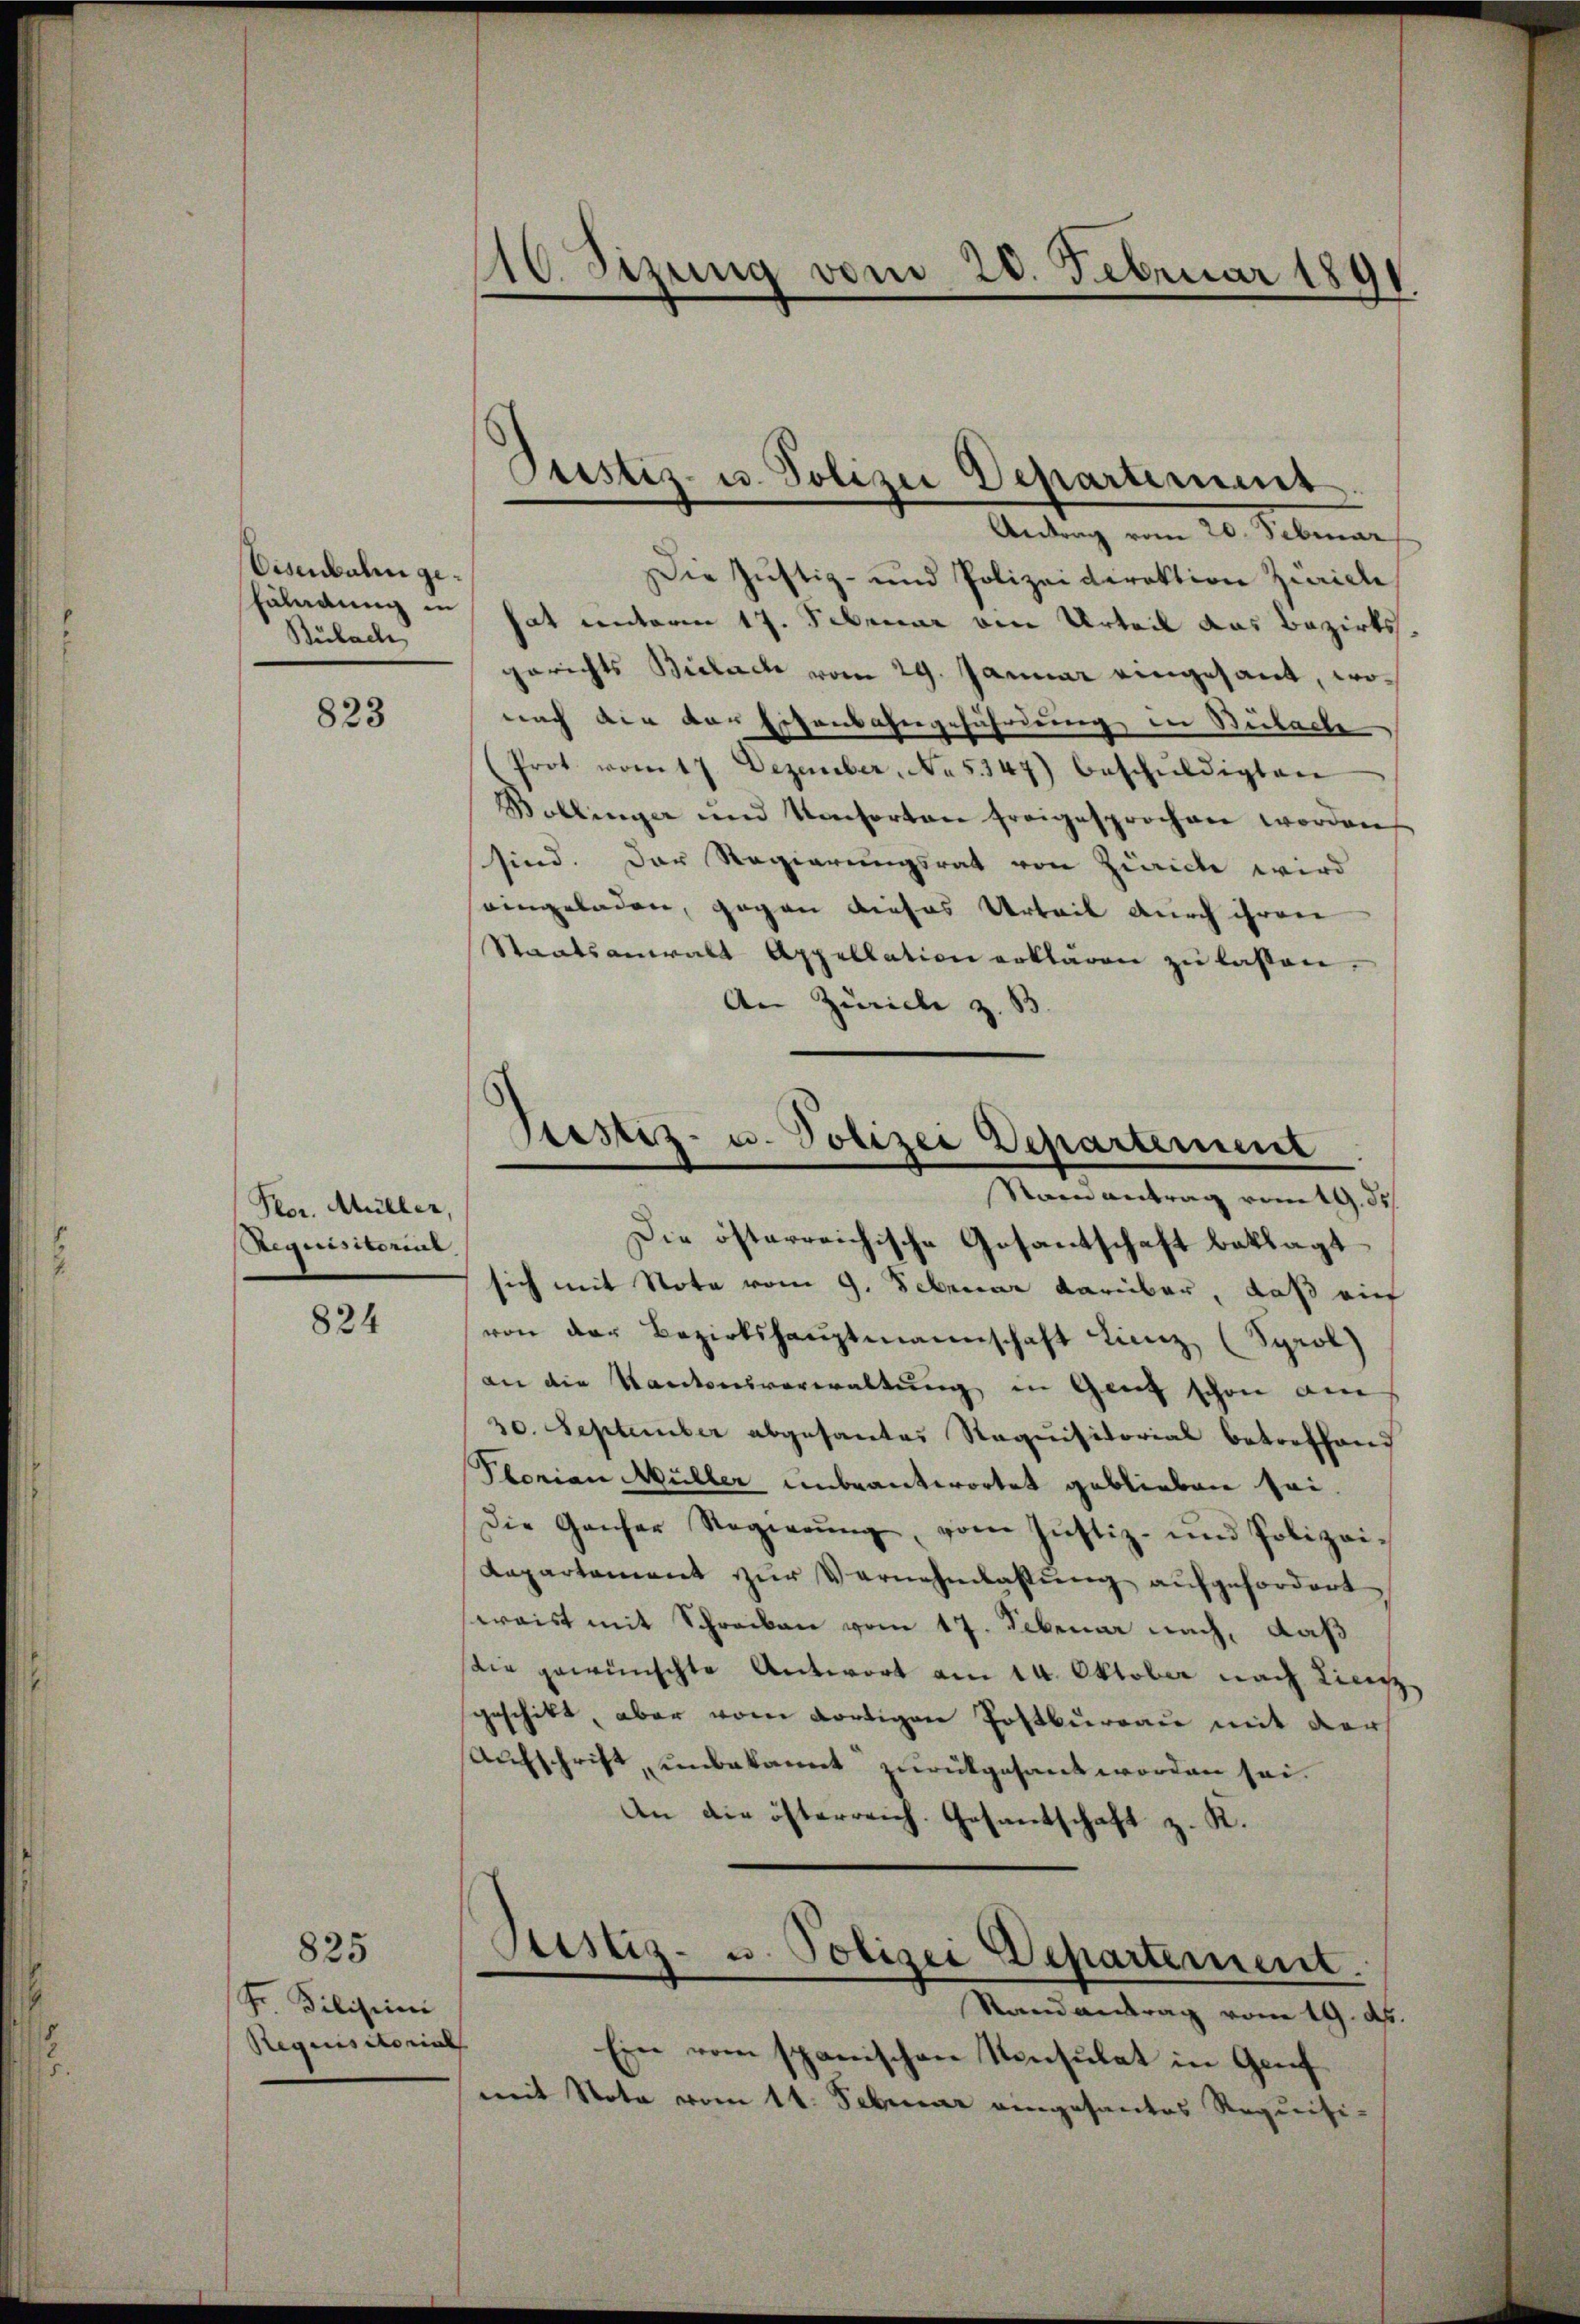
Eisenbahn gefändung in
Bülach

823

Ptor. Müller,
Requisitorial

824

825
Sr. Dilistini
Requisitoriat

110. Sizung vom 20. Februar 1891

Die Justiz- und Polizeidirektion Zürich
hat unterm 17. Februar von Urteil das Bezirks
gerichts Bielach vom 29. Januar eingesant, wonach die vor Eisenbahngefährdung in Süibache
Prot vom 17. Dezember, No. 5347) beschŭldigten
Bollinger und Konsorten freigesprochen worden
sind. Der Regierungsrat von Zürich wird
seingeladen, gegen dieses Urteil durch ihren
Staatsanwalt Appellation erklären zŭ lassen.
An Zürich z. B.

Pristiz- u. Polizei Departement
Antrag vom 20. Februar

Testiz- u. Polizei Departement
Naenantrag vom 19. d.

Die österreichische Gesantschaft beklagt
sich mit Note vom 9. Februar darüber, daß auf
von der Bezirkshauptmannschaft Linz (Sprol
an die Kantonsverwaltung in Ganz schon am
30. September abgesantes Requisitorial betreffend
Plorian Müller unbeantwortet geblieben sei
Die Ganzer Regierŭng, vom Justiz- und Polizei-
Kapartement zur Vernehmlassung aufgefordert
swaist mit Schrecken vom 17. Februar nach, daß
die gewünschte Antwort am 14. Oktober nach Linz,
geschikt, aber vom dortigen Postburgau mit der
Aufschrift, unbekannt zurückgesant worden sei.
An die öfterreich. Gesantschaft z. K.
Justiz- u. Polizei Departement.
Staeantrag vom 19. d.
Ein vom spanischen Konsulat in Genf
mit Nota vom 11. Februar eingesantes Requisi-